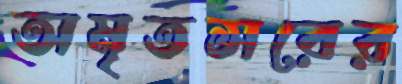
অমৃতসরের